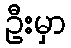
ဦးမှာ